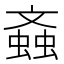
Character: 螡